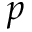
\boldsymbol { p }